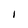
Character: i